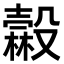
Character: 𣫓